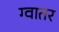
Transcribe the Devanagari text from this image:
ग्वातर